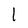
Character: 1